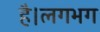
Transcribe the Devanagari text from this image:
है।लगभग